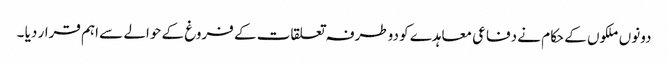
دونوں ملکوں کے حکام نے دفاعی معاہدے کو دوطرفہ تعلقات کے فروغ کے حوالے سے اہم قرار دیا ۔